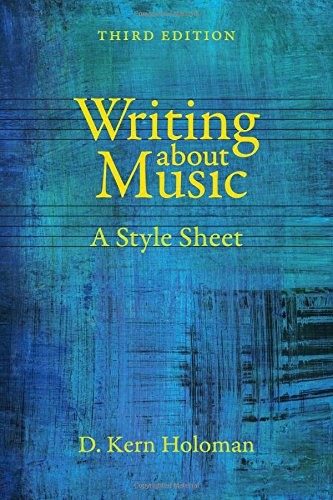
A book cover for Writing about Music: A Style Sheet; D. Kern Holoman; Arts & Photography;